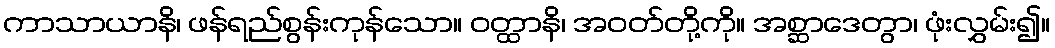
ကာသာယာနိ၊ ဖန်ရည်စွန်းကုန်သော။ ဝတ္ထာနိ၊ အဝတ်တို့ကို။ အစ္ဆာဒေတွာ၊ ဖုံးလွှမ်း၍။